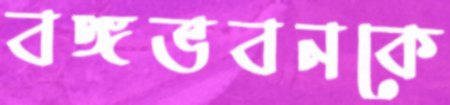
বঙ্গভবনকে